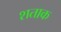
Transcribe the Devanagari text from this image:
शताक